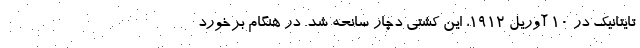
تایتانیک در ۱۰ آوریل ۱۹۱۲، این کشتی دچار سانحه شد. در هنگام برخورد